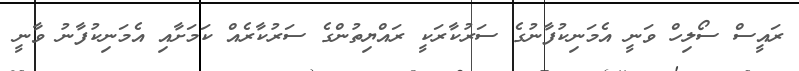
ރައީސް ސޯލިހް ވަނީ އެމަނިކުފާނުގެ ސަރުކާރަކީ ރައްޔިތުންގެ ސަރުކާރެއް ކަމަށާއި އެމަނިކުފާނު ވާނީ